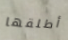
أطلقها